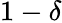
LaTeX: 1-\delta